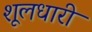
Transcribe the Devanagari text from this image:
शूलधारी